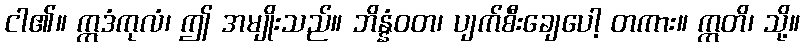
ငါ၏။ ဣဒံကုလံ၊ ဤ အမျိုးသည်။ ဘိန္နံဝတ၊ ပျက်စီးချေပေါ့ တကား။ ဣတိ၊ သို့။